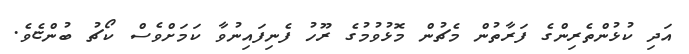
އަދި ކުޅުންތެރިންގެ ފަރާތުން މެޗުން މޮޅުވުމުގެ ރޫހު ފެނިފައިނުވާ ކަމަށްވެސް ކޯޗު ބުންޏެވެ.